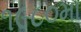
૧૯૮૦મા